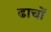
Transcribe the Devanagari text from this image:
ढाचों